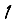
Digit: 1